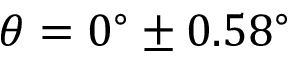
\theta = 0 ^ { \circ } \pm 0 . 5 8 ^ { \circ }